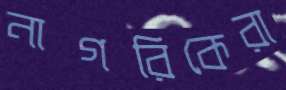
নাগরিকেরা